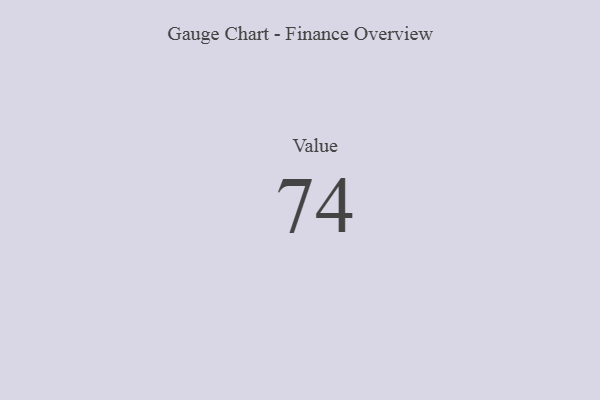
{"axis": {"x": "Metric", "y": "Value"}, "legend": [""], "data": [{"x": "Value", "y": 74, "type": ""}]}